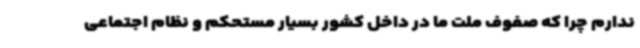
ندارم چرا که صفوف ملت ما در داخل کشور بسیار مستحکم و نظام اجتماعی